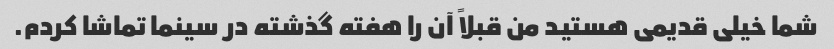
شما خیلی قدیمی هستید من قبلاً آن را هفته گذشته در سینما تماشا کردم.